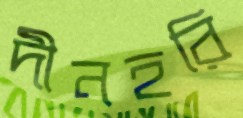
দীনহরি